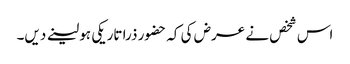
اس شخص نے عرض کی کہ حضور ذرا تاریکی ہو لینے دیں۔